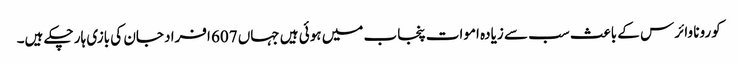
کورونا وائرس کے باعث سب سے زیادہ اموات پنجاب میں ہوئی ہیں جہاں 607 افراد جان کی بازی ہار چکے ہیں۔